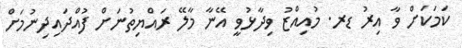
ކަމަކަށް ވާ އިރު ޑރ. މުއިއްޒު ވިދާޅުވީ އޭނާ މާލޭ ރައްޔިތުނަށް ފުއްދައިދިނުމަށް